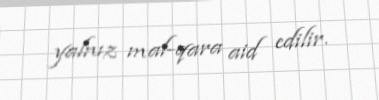
yalnız mal-qara aid edilir.